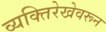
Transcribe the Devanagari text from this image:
व्यक्तिरेखेवरून